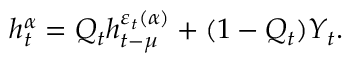
h _ { t } ^ { \alpha } = Q _ { t } h _ { t - \mu } ^ { \varepsilon _ { t } ( \alpha ) } + ( 1 - Q _ { t } ) Y _ { t } .